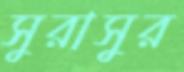
সুরাসুর